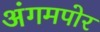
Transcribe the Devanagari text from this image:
अंगमपोर